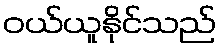
ဝယ်ယူနိုင်သည်